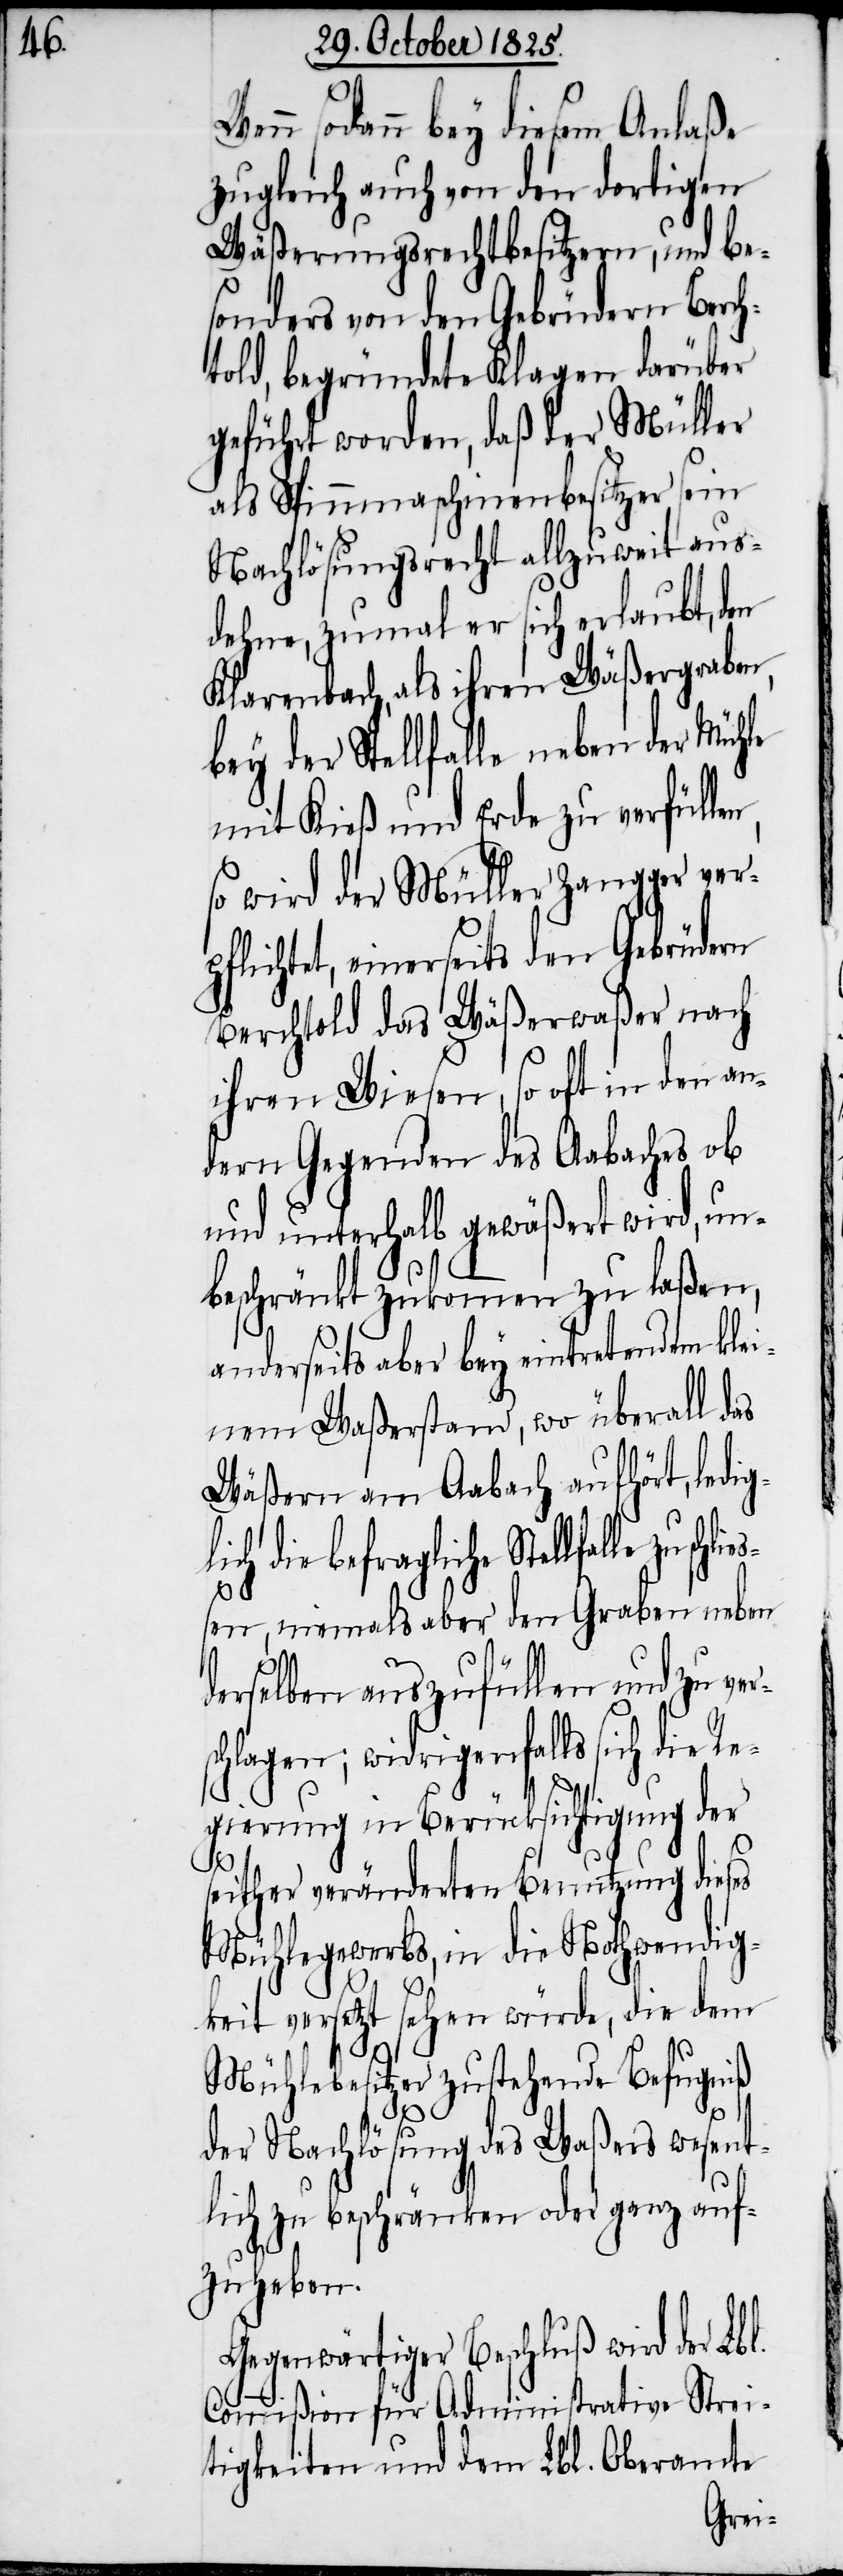
Wenn sodann bey diesem Anlaße
zugleich auch von den dortigen
Wäßerungsrechtbesitzern, und be¬
sonders von den Gebrüdern Berch¬
told, begründete Klagen darüber
geführt worden, daß der Müller
als Spinnmaschinenbesitzer sein
Nachlösungsrecht allzuweit aus¬
dehne, zumal er sich erlaubt, den
Klarenbach, als ihren Wäßergraben,
bey der Stellfalle neben der Mühle
mit Kieß und Erde zu verfülle¬
so wird der Müller Zangger verp¬
flichtet, einerseits den Gebrüdern
Berchtold das Wäßerwaßer nach
ihren Wiesen, so oft in den an¬
dern Gegenden des Aabaches ob
und unterhalb gewäßert wird, un¬
beschränkt zukommen zu laßen,
anderseits aber bey eintretenden klei¬
nem Waßerstand, wo überall das
Wäßern am Aabach aufhört, ledig¬
ich die befragliche Stellfalle
ßen, niemals aber den Graben neben
derselben auszufüllen und zu ver¬
schlagen; widrigenfalls sich die Re¬
gierung in Berücksichtigung der
seither veränderten Benutzung dieses
Mühlegewerbs, in die Nothwendig¬
keit versetzt sehen würde, die dem
Mühlebesitzer zustehende Befugniß
l¬
der Nachlösung des Waßers wesent¬
lich zu beschränken oder ganz auf¬
zuheben.
Gegenwärtiger Beschluß wird der Lbl.
Commißion für Administrative Strei¬
tigkeiten und dem Lbl. Oberamte
schlie¬